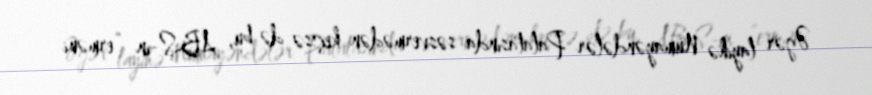
Əgər layihə Nümayəndələr Palatasında səsvermədən keçsə də bu, ABŞ-ın “erməni